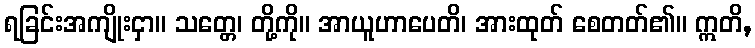
ရခြင်းအကျိုးငှာ။ သတ္တေ၊ တို့ကို။ အာယူဟာပေတိ၊ အားထုတ် စေတတ်၏။ ဣတိ,